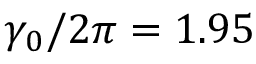
\gamma _ { 0 } / 2 \pi = 1 . 9 5